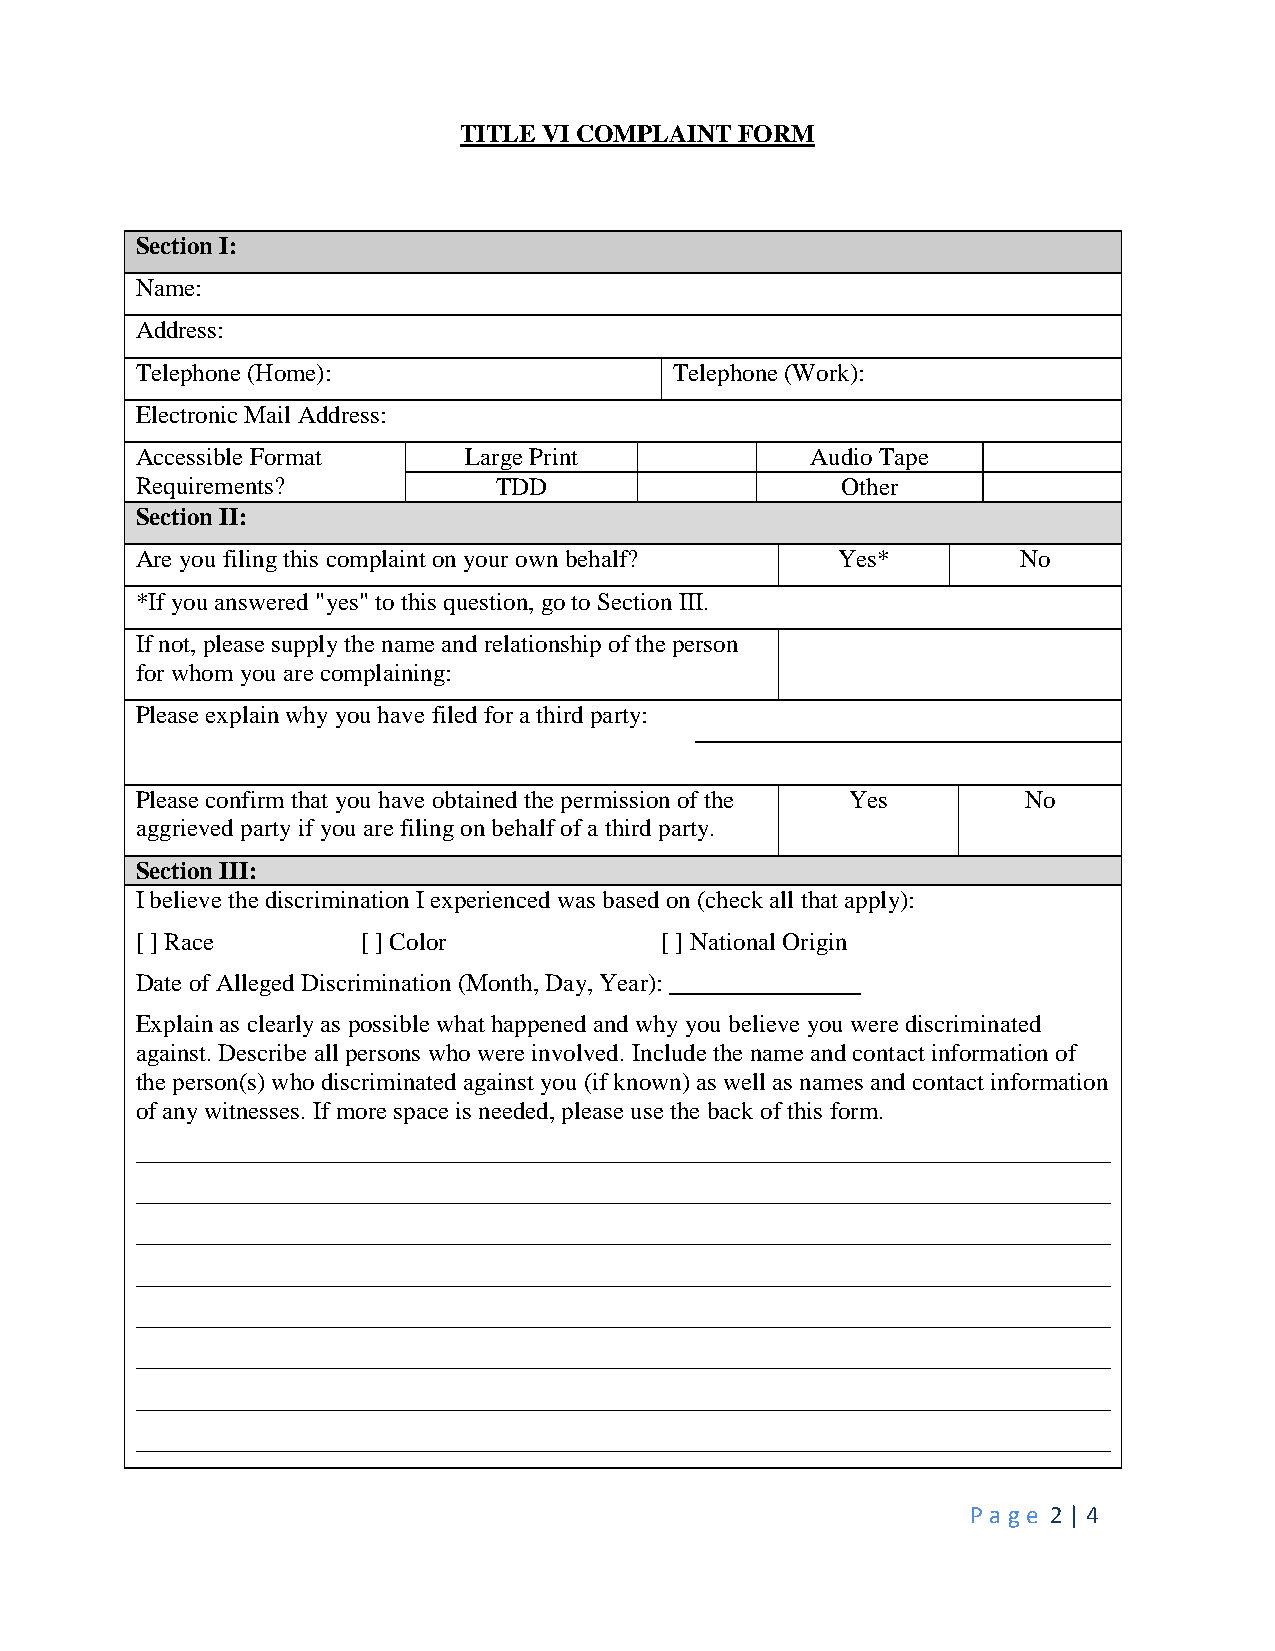
TITLE VI COMPLAINT FORM
 Section I:
 Name:
 Address:
 Telephone (Home):                   Telephone (Work):
 Electronic Mail Address:
 Accessible Format     Large Print            Audio Tape
 Requirements?           TDD                    Other
 Section II:
 Are you filing this complaint on your own behalf? Yes*     No
 *If you answered "yes" to this question, go to Section III.
 If not, please supply the name and relationship of the person
 for whom you are complaining:
 Please explain why you have filed for a third party:
 Please confirm that you have obtained the permission of the Yes No
 aggrieved party if you are filing on behalf of a third party.
 Section III:
 I believe the discrimination I experienced was based on (check all that apply):
 [ ] Race       [ ] Color           [ ] National Origin
 Date of Alleged Discrimination (Month, Day, Year): __________
 Explain as clearly as possible what happened and why you believe you were discriminated
 against. Describe all persons who were involved. Include the name and contact information of
 the person(s) who discriminated against you (if known) as well as names and contact information
 of any witnesses. If more space is needed, please use the back of this form.
 ______________________________________________________________________________
 ______________________________________________________________________________
 ______________________________________________________________________________
 ______________________________________________________________________________
 ______________________________________________________________________________
 ______________________________________________________________________________
 ______________________________________________________________________________
 ______________________________________________________________________________
 P age 2 | 4